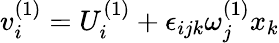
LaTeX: v_{i}^{(1)}=U_{i}^{(1)}+\epsilon_{ijk}\omega_{j}^{(1)}x_{k}